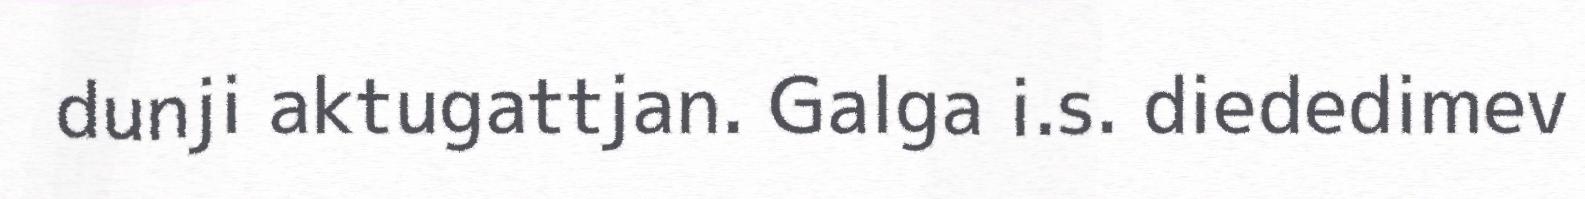
dunji aktugattjan. Galga i.s. diededimev